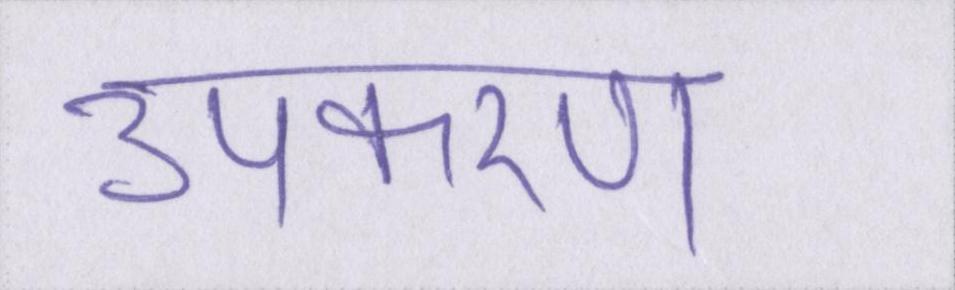
उपकरण